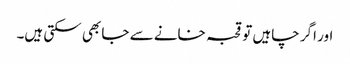
اور اگر چاہیں تو قحبہ خانے سے جا بھی سکتی ہیں۔